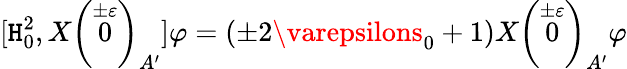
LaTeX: [\mathtt{H}_{0}^{2},X\left(\stackrel{\pm\varepsilon}{0}\right)_{A^{\prime}}]\varphi=(\pm2\varepsilons_{0}+1)X\left(\stackrel{\pm\varepsilon}{0}\right)_{A^{\prime}}\varphi